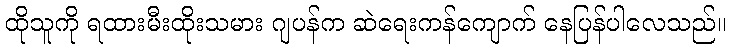
ထိုသူကို ရထားမီးထိုးသမား ဂျပန်က ဆဲရေးကန်ကျောက် နေပြန်ပါလေသည်။